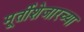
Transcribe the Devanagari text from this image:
मूर्तीशेजारच्या